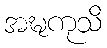
အဍ္ဎကုသိ